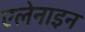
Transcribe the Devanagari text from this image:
एलेनाइन